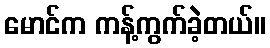
မောင်က ကန့်ကွက်ခဲ့တယ်။